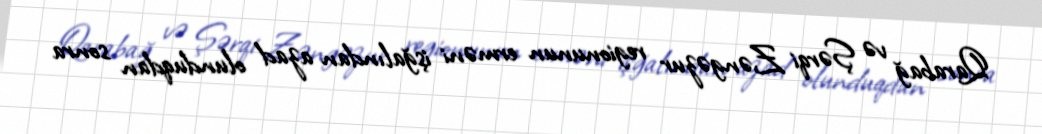
Qarabağ və Şərqi Zəngəzur regionunun erməni işğalından azad olunduqdan sonra